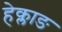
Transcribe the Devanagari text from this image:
हेक्लाङ